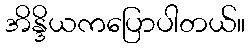
အိန္ဒိယကပြောပါတယ်။